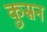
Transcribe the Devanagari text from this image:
कुस्रन